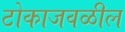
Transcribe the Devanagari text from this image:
टोकाजवळील